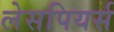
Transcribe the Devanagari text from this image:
लेसपियर्स